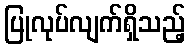
ပြုလုပ်လျက်ရှိသည့်